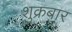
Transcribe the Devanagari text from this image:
शुक्रबार